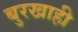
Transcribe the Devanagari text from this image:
बुरखाही